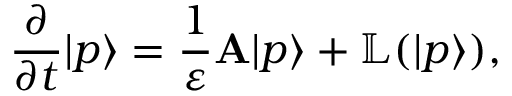
\frac { \partial } { \partial t } | p \rangle = \frac { 1 } { \varepsilon } \mathbf { A } | p \rangle + \mathbb { L } ( | p \rangle ) ,